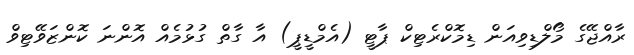
ރާއްޖޭގެ މޯލްޑިވިއަން ޑިމޮކްރެޓިކް ޕާޓީ (އެމްޑީޕީ) އާ ގާތް ގުޅުމެއް އޮންނަ ކޮންޒަވޭޓިވް